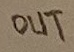
Text: OUT